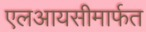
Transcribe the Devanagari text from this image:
एलआयसीमार्फत